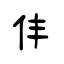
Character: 仹